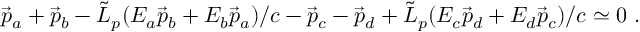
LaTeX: \vec { p } _ { a } + \vec { p } _ { b } - { \tilde { L } } _ { p } ( E _ { a } \vec { p } _ { b } + E _ { b } \vec { p } _ { a } ) / c - \vec { p } _ { c } - \vec { p } _ { d } + { \tilde { L } } _ { p } ( E _ { c } \vec { p } _ { d } + E _ { d } \vec { p } _ { c } ) / c \simeq 0 ~ .